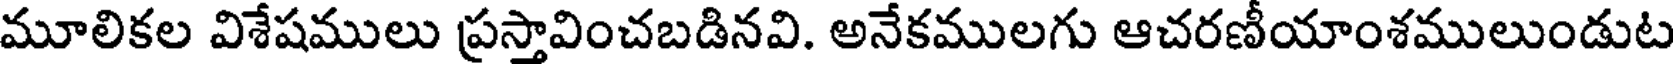
మూలికల విశేషములు ప్రస్తావించబడినవి. అనేకములగు ఆచరణీయాంశములుండుట